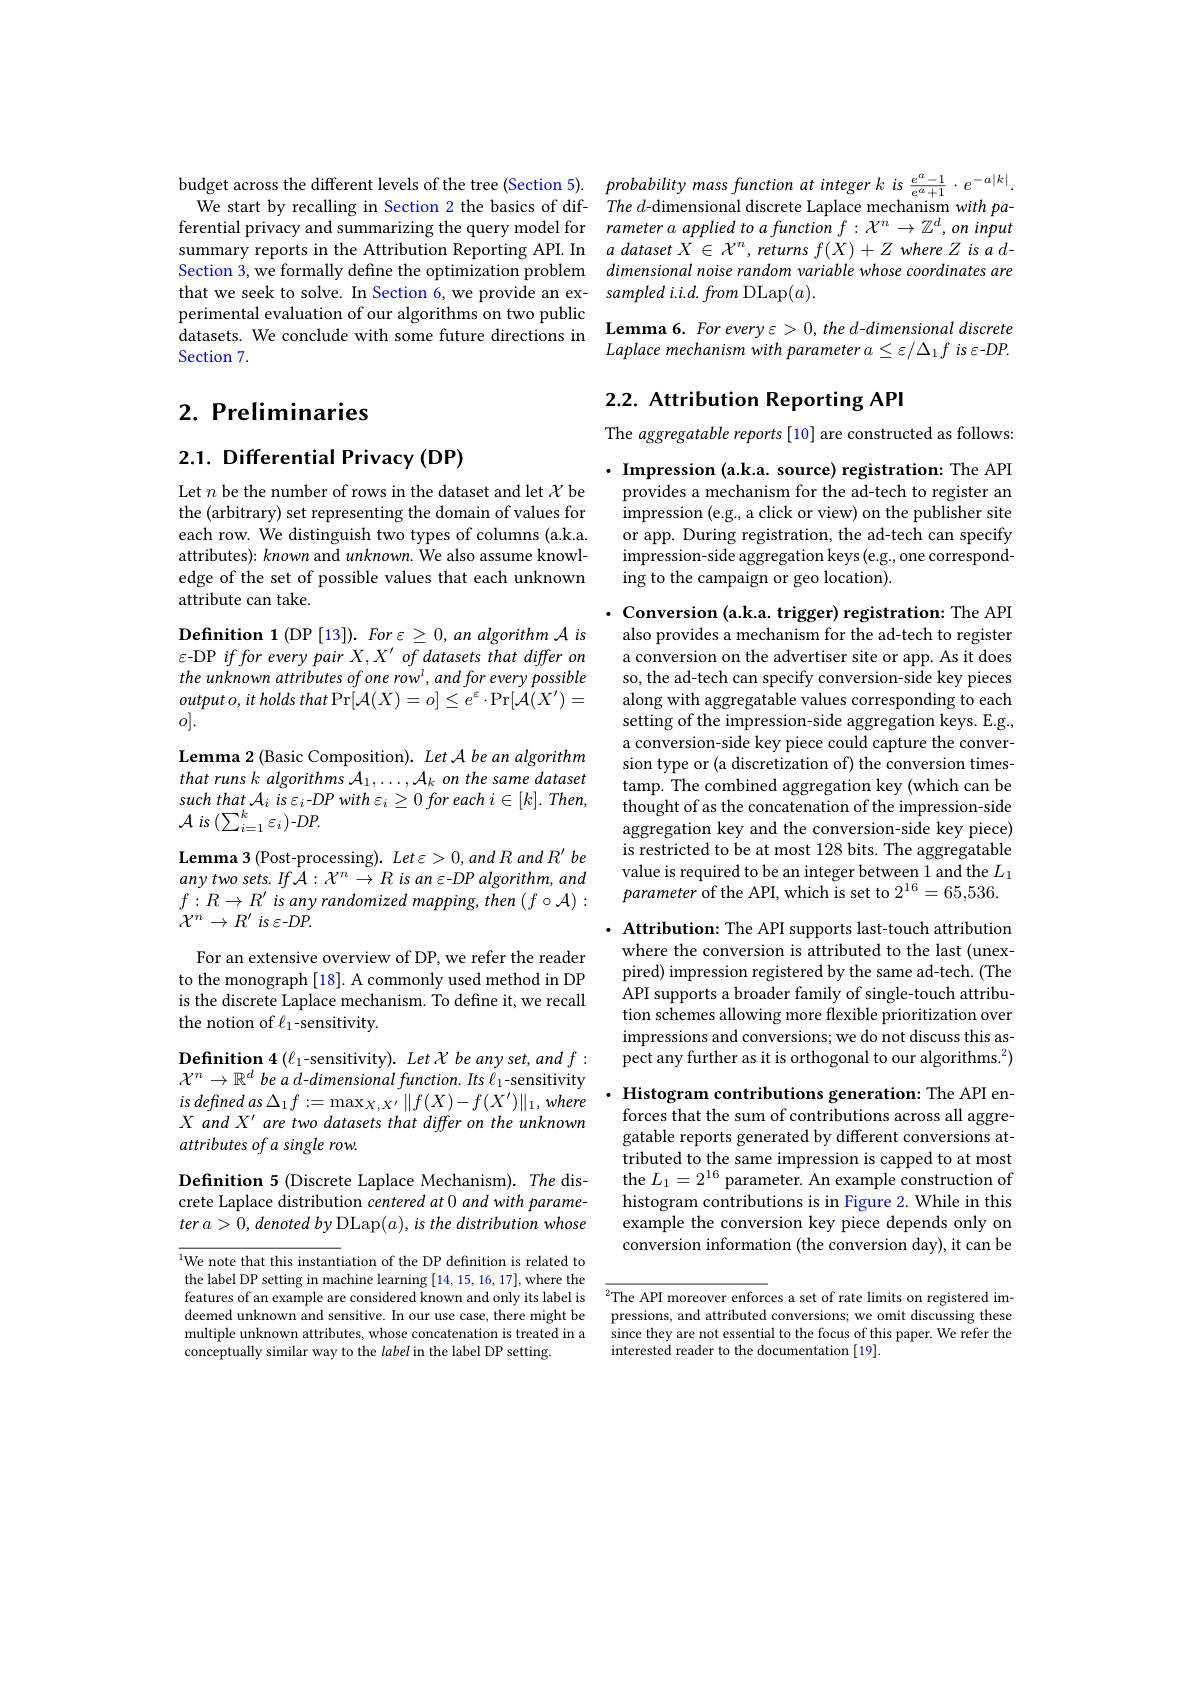
ferential privacy and summarizing the query model for Section 3, we formally define the optimization problem perimental evaluation of our algorithms on two public datasets. We conclude with some future directions in Lemma 6. For every $\varepsilon>0,the$ d-dimensional discrete
Section 7.

# 2. Preliminaries

2.1. Differential Privacy (DP)

Let $n$ be the number of rows in the dataset and let $\mathcal X$ be the (arbitrary) set representing the domain of values for each row. We distinguish two types of columns (a.k.a. attributes): known and unknown. We also assume knowledge of the set of possible values that each unknown attribute can take.

Definition 1 (DP [13]). For \varepsilon \geq 0, an algorithm A is $\varepsilon$-DP if for every pair $X, X^\prime \textit{of datasets that differ on}$ the unknown attributes of one row', and for every possible $outputo,itholdsthat\Pr[\mathcal{A}(X)=o]\leq e^{\varepsilon}\cdot\Pr[\mathcal{A}(X^{\prime})=$ $o].$

Lemma 2 (Basic Composition). Let A be an algorithm

that runs k algorithms $\mathcal{A}_1,\ldots,\mathcal{A}_k$ on the same dataset

suchthat ${\mathcal{A} }_{i}$ $is$ $\varepsilon _{i}- DP$ with $\varepsilon _{i}\geq 0$ for each $i\in [ k] .$ $Then$,

${\mathcal{A} }$ $is\left ( \sum _{i= 1}^{k}\varepsilon _{i}\right ) - DP.$

Lemma 3 (Post-processing). $Let\varepsilon>0,andR$ and $R^\prime \textit{be}$

any two sets. If $\mathcal{A}:\mathcal{X}^n\to R$ is an ε-DP algorithm, and

$f:R\to R^{\prime}$ is any randomized mapping, then $(f\circ\mathcal{A}):$

${\mathcal{X} }^{n}\to R^{\prime } is$ $\varepsilon - DP.$

For an extensive overview of DP, we refer the reader to the monograph [18]. A commonly used method in DP is the discrete Laplace mechanism. To define it, we recall the notion of $\ell_1$-sensitivity.

Definition 4 (l-sensitivity). Let X be any set, and $f:$ $\mathcal{X}^n\to\mathbb{R}^d$ be a d-dimensional function. Its $\ell_1$-sensitivity $is$ defined $as$ $\Delta _{1}f: = \max _{X, X^{\prime }}$ $\| f( X) - f( X^{\prime }) \| _{1}, where$ $X\textit{ and X' are two datasets that differ on the unknown}$ attributes of a single row.

Definition 5 (Discrete Laplace Mechanism). The discrete Laplace distribution centered at 0 and with parameter $a> 0$, denoted $by$ DLap$( a) $, $is$ the distribution whose

$^{1}$We note that this instantiation of the DP definition is related to the label DP setting in machine learning [14,15,16,17],where the features of an example are considered known and only its label is $^{2}$The API moreover enforces a set of rate limits on registered im-
deemed unknown and sensitive. In our use case, there might be multiple unknown attributes, whose concatenation is treated in a conceptually similar way to the label in the label DP setting.

budget across the different levels of the tree (Section 5). probability mass function at integer k is $\frac{e^a-1}{e^a+1}\cdot e^{-a|k|}.$
We start by recalling in Section 2 the basics of dif- The d-dimensional discrete Laplace mechanism with pa-
rameter a applied to a function $f:\mathcal{X}^n\to\mathbb{Z}^d,on$ input
summary reports in the Attribution Reporting API. In $a\textit{dataset }X\in \mathcal{X} ^n$, returns $f(X)+Z$ where $Z$ is a d-
dimensional noise random variable whose coordinates are
that we seek to solve. In Section 6, we provide an ex- sampled i.i.d.from DLap$(a).$

Laplace mechanism with parameter $a\leq\varepsilon/\Delta_1f$ is ε-DP.

# 2.2. Attribution Reporting API

The aggregatable reports [10] are constructed as follows:

$\cdot$ Impression (a.k.a. source) registration: The API provides a mechanism for the ad-tech to register an impression (e.g., a click or view) on the publisher site or app. During registration, the ad-tech can specify impression-side aggregation keys (e.g., one corresponding to the campaign or geo location).

$\cdot$ Conversion (a.k.a. trigger) registration: The API also provides a mechanism for the ad-tech to register a conversion on the advertiser site or app. As it does so, the ad-tech can specify conversion-side key pieces along with aggregatable values corresponding to each setting of the impression-side aggregation keys. E.g., a conversion-side key piece could capture the conversion type or (a discretization of) the conversion timestamp. The combined aggregation key (which can be thought of as the concatenation of the impression-side aggregation key and the conversion-side key piece) is restricted to be at most 128 bits. The aggregatable value is required to be an integer between 1 and the $L_1$ parameter of the API, which is set to $2^16=65,536.$

$\cdot$ Attribution: The API supports last-touch attribution
where the conversion is attributed to the last (unexpired) impression registered by the same ad-tech. (The API supports a broader family of single-touch attribution schemes allowing more flexible prioritization over impressions and conversions; we do not discuss this aspect any further as it is orthogonal to our algorithms.$^2)$

Histogram contributions generation: The API enforces that the sum of contributions across all aggregatable reports generated by different conversions attributed to the same impression is capped to at most the $L_1=2^{16}$ parameter. An example construction of histogram contributions is in Figure 2. While in this example the conversion key piece depends only on conversion information (the conversion day), it can be

pressions, and attributed conversions; we omit discussing these since they are not essential to the focus of this paper. We refer the interested reader to the documentation [19].